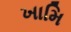
ખામિ